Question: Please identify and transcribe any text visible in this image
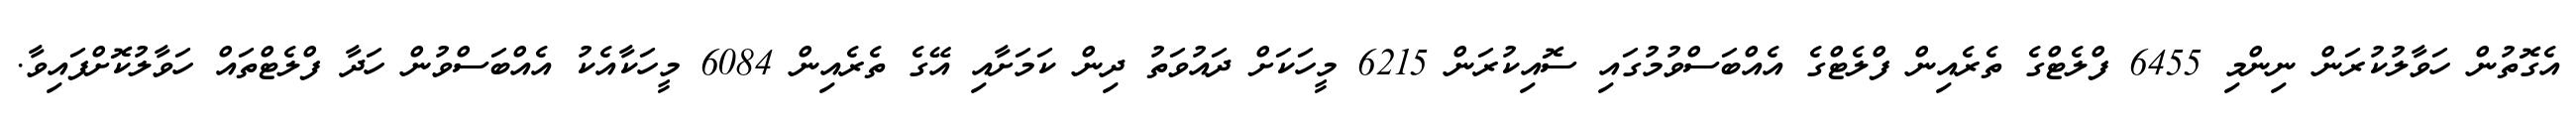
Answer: އެގޮތުން ހަވާލުކުރަން ނިންމި 6455 ފްލެޓްގެ ތެރެއިން ފްލެޓްގެ އެއްބަސްވުމުގައި ސޮއިކުރަން 6215 މީހަކަށް ދައުވަތު ދިން ކަމަށާއި އޭގެ ތެރެއިން 6084 މީހަކާއެކު އެއްބަސްވުން ހަދާ ފްލެޓްތައް ހަވާލުކޮށްފައިވާ.